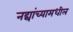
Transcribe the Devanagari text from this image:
नद्यांच्यामधील